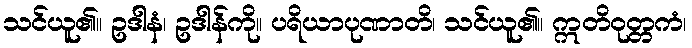
သင်ယူ၏။ ဥဒါနံ၊ ဥဒါန်ကို။ ပရိယာပုဏာတိ၊ သင်ယူ၏။ ဣတိဝုတ္တကံ၊